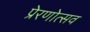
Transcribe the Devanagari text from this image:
प्रेरणोत्सव